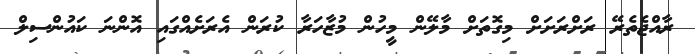
ރާއްޖެތެރޭ ރަށްރަށަށް މިގޮތަށް މާލޭން މީހުން މުޒާހަރާ ކުރަން އެރަށެއްގައި އޮންނަ ކައުންސިލް